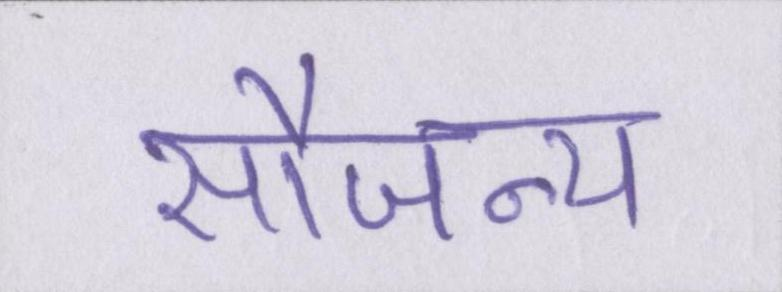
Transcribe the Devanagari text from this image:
सौजन्य